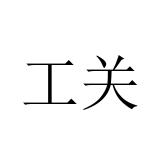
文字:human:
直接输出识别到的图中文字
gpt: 工关